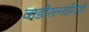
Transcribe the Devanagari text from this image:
वाडीरत्नागिरी